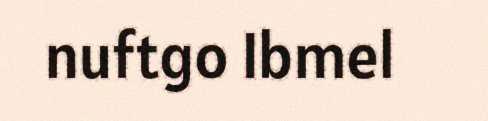
nuftgo Ibmel